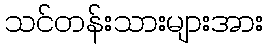
သင်တန်းသားများအား